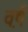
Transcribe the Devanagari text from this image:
व़र्ष